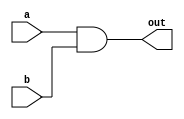
// This program was cloned from: https://github.com/steveicarus/ivtest
// License: GNU General Public License v2.0

//
// Copyright (c) 1999 Steven Wilson (stevew@home.com)
//
//    This source code is free software; you can redistribute it
//    and/or modify it in source code form under the terms of the GNU
//    General Public License as published by the Free Software
//    Foundation; either version 2 of the License, or (at your option)
//    any later version.
//
//    This program is distributed in the hope that it will be useful,
//    but WITHOUT ANY WARRANTY; without even the implied warranty of
//    MERCHANTABILITY or FITNESS FOR A PARTICULAR PURPOSE.  See the
//    GNU General Public License for more details.
//
//    You should have received a copy of the GNU General Public License
//    along with this program; if not, write to the Free Software
//    Foundation, Inc., 59 Temple Place - Suite 330, Boston, MA 02111-1307, USA
//
//  SDW - Validate that an array of modules in supported.
//

module my_and (out,a,b);
input a,b;
output out;

and u0 (out,a,b);

endmodule

module main;

reg globvar;

wire [15:0] out;
reg [15:0] a,b, rslt;
reg error;

// The test gate goes HERE!

my_and foo [0:15] (out,a,b);

always @(a or b)
  rslt = a & b;

initial
  begin  // {
    error = 0;
    # 1;
    for(a = 16'h1; a != 16'hffff; a = (a << 1) | 1)
      begin  // {
        for(b = 16'hffff; b !== 16'h0; b = b >> 1)
          begin  // {
            #1 ;
            if(out !== rslt)
              begin  // {
                 $display("FAILED - GA And a=%h,b=%h,expct=%h - rcvd=%h",
                           a,b,rslt,out);
                 error = 1;
              end // }
          end // }
      end // }
    if( error == 0)
      $display("PASSED");
  end // }
endmodule // main